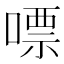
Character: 嘌